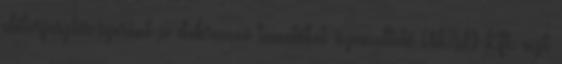
előterjesztés szerint a debreceni temetőket üzemeltető AKSD Kft. azt